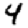
Digit: 4